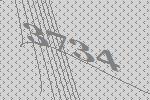
3734